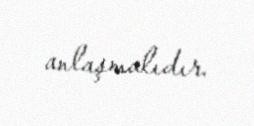
anlaşmalıdır.